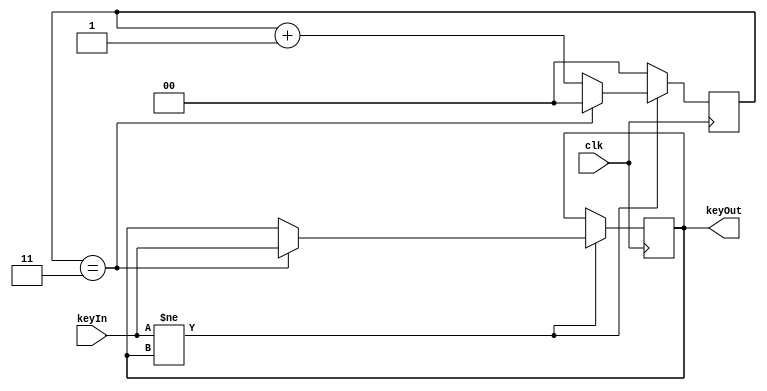
module Debounce (
    input wire clk,
    input wire keyIn,
    output reg keyOut
);

    reg [1:0] count = 2'b00;

    always @(negedge clk) begin
        if (keyIn != keyOut) begin
            count <= count + 1;
            if (count == 2'b11) begin
                keyOut <= keyIn;
                count <= 2'b00;
            end
        end
        else begin
            count <= 2'b00;
        end
    end
endmodule